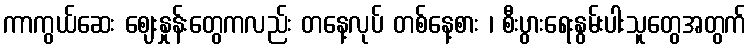
ကာကွယ်ဆေး ဈေးနှုန်းတွေကလည်း တနေ့လုပ် တစ်နေ့စား ၊ စီးပွားရေးနွမ်းပါးသူတွေအတွက်